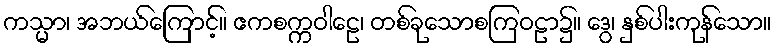
ကသ္မာ၊ အဘယ်ကြောင့်။ ဧကစက္ကဝါဠေ၊ တစ်ခုသောစကြဝဠာ၌။ ဒွေ၊ နှစ်ပါးကုန်သော။